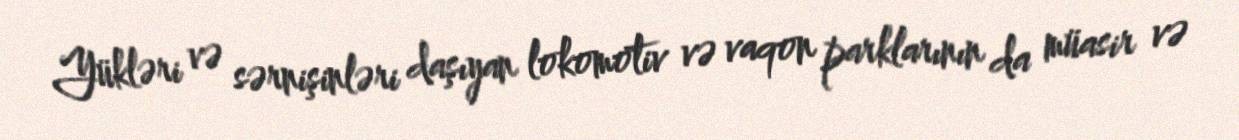
Yükləri və sərnişinləri daşıyan lokomotiv və vaqon parklarının da müasir və